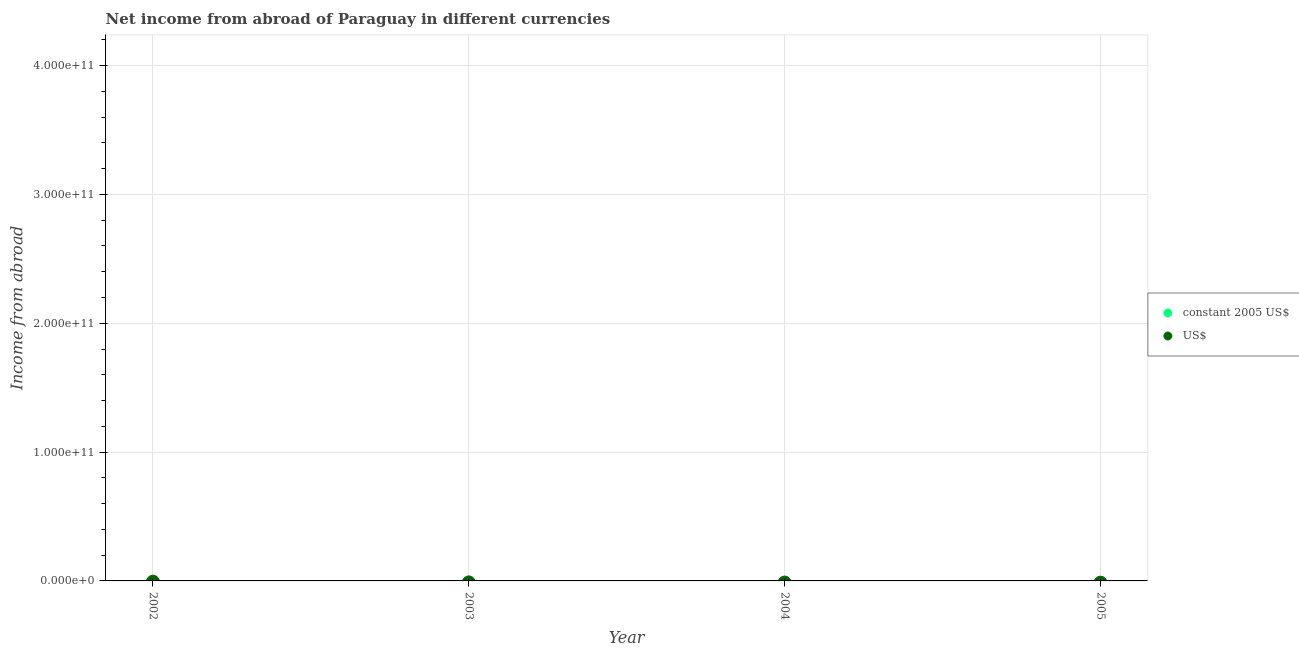
| Year | constant 2005 US$ | US$ |
 | --- | --- | --- |
 | 2002 | -3.42e+12 | -5.98e+08 |
 | 2003 | -7.37e+12 | -1.15e+09 |
 | 2004 | -7.66e+12 | -1.28e+09 |
 | 2005 | -8.49e+12 | -1.37e+09 |